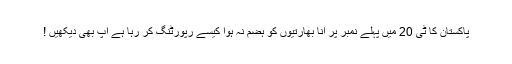
پاکستان کا ٹی 20 میں پہلے نمبر پر آنا بھارتیوں کو ہضم نہ ہوا کیسے رپورٹنگ کر رہا ہے آپ بھی دیکھیں !